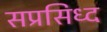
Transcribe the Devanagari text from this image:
सप्रसिध्द